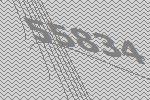
55834